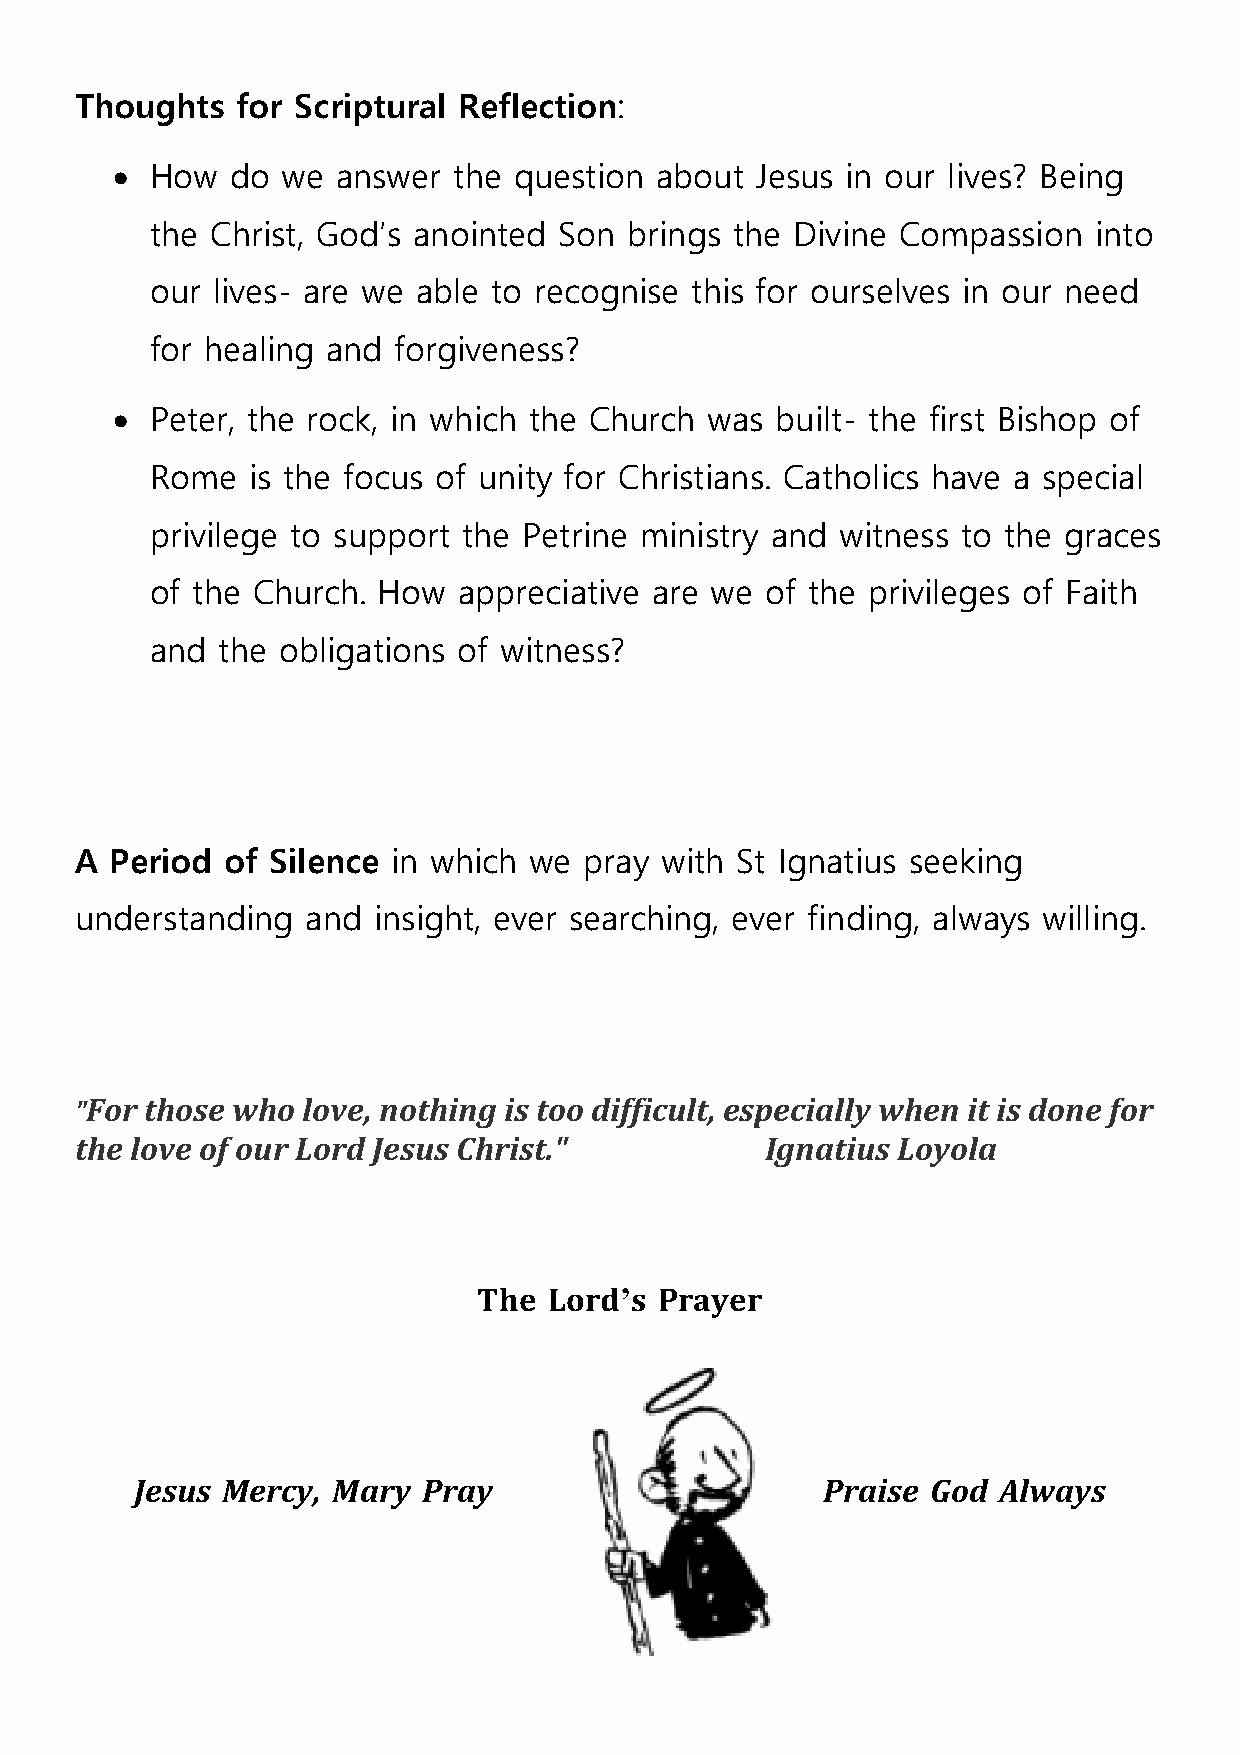
Thoughts   for Scriptural Reflection:
 •  How  do  we answer  the question about  Jesus in our lives? Being
 the Christ, God’s anointed Son  brings the Divine Compassion  into
 our lives- are we able to recognise this for ourselves in our need
 for healing and forgiveness?
 •  Peter, the rock, in which the Church was built- the first Bishop of
 Rome  is the focus of unity for Christians. Catholics have a special
 privilege to support the Petrine ministry and witness to the graces
 of the Church. How  appreciative are we  of the privileges of Faith
 and the obligations of witness?
 A Period  of Silence in which we  pray with St Ignatius seeking
 understanding  and  insight, ever searching, ever finding, always willing.
 "For those who love, nothing is too difficult, especially when it is done for
 the love of our Lord Jesus Christ."           Ignatius Loyola
 The Lord’s  Prayer
 Jesus Mercy, Mary  Pray                      Praise  God Always